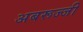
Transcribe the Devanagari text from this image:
अबरूज्जी